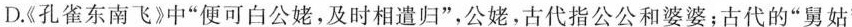
D.《孔雀东南飞》中”便可白公姥，及时相遣归”，公姥，古代指公公和婆婆；古代的”舅姑”